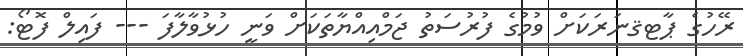
ރޭހުގެ ޕާޓޤނަރަކަށް ވުމުގެ ފުރުސަތު ޖަމްއިއްޔާތަކަށް ވަނީ ހުޅުވާލާފަ --- ފައިލް ފޮޓޯ: